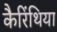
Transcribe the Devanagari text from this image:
कैरिंथिया